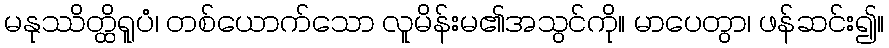
မနုဿိတ္ထိရူပံ၊ တစ်ယောက်သော လူမိန်းမ၏အသွင်ကို။ မာပေတွာ၊ ဖန်ဆင်း၍။